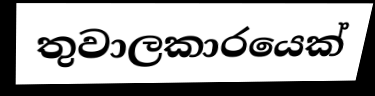
තුවාලකාරයෙක්